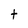
Character: t